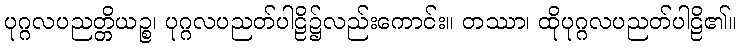
ပုဂ္ဂလပညတ္တိယဉ္စ၊ ပုဂ္ဂလပညတ်ပါဠိ၌လည်းကောင်း။ တဿာ၊ ထိုပုဂ္ဂလပညတ်ပါဠိ၏။